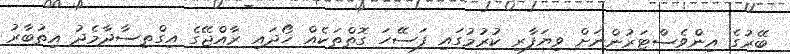
ބޭރުގެ އިންވެސްޓަރުންނަށް ވިޔަފާރި ކުރުމުގައި ފަސޭހަ ގޮތްތަކެއް ހޯދައި ރާއްޖޭގެ އިގްތިސާދާމެދު އިތުބާރު